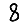
Digit: 8